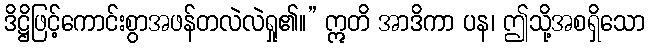
ဒိဋ္ဌိဖြင့်ကောင်းစွာအဖန်တလဲလဲရှု၏။” ဣတိ အာဒိကာ ပန၊ ဤသို့အစရှိသော